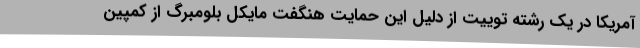
آمریکا در یک رشته توییت از دلیل این حمایت هنگفت مایکل بلومبرگ از کمپین